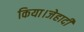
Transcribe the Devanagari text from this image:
किया।जेहादी